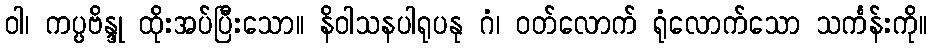
ဝါ၊ ကပ္ပဗိန္ဒု ထိုးအပ်ပြီးသော။ နိဝါသနပါရုပနု ဂံ၊ ဝတ်လောက် ရုံလောက်သော သင်္ကန်းကို။